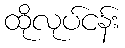
ထိုလုပ်ငန်း